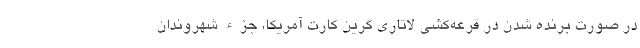
در صورت برنده شدن در قرعه‌کشی لاتاری گرین کارت آمریکا، جزء شهروندان